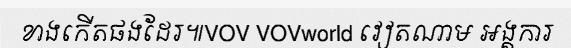
ខាងកើតផងដែរ៕VOV VOVworld វៀតណាម អង្គការ